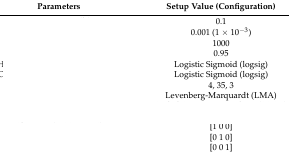
<table><thead><tr><td><b>Parameters</b></td><td><b>Setup Value (Configuration)</b></td></tr></thead><tbody><tr><td>[EMPTY_CELL]</td><td>0.1</td></tr><tr><td>[EMPTY_CELL]</td><td>0.001 (1 × 10<sup>−3</sup>)</td></tr><tr><td>[EMPTY_CELL]</td><td>1000</td></tr><tr><td>[EMPTY_CELL]</td><td>0.95</td></tr><tr><td>[EMPTY_CELL]</td><td>Logistic Sigmoid (logsig)</td></tr><tr><td>[EMPTY_CELL]</td><td>Logistic Sigmoid (logsig)</td></tr><tr><td>[EMPTY_CELL]</td><td>4, 35, 3</td></tr><tr><td rowspan="3">[EMPTY_CELL]</td><td>Levenberg-Marquardt (LMA)</td></tr><tr><td>[EMPTY_CELL]</td></tr><tr><td>[EMPTY_CELL]</td></tr><tr><td>[EMPTY_CELL]</td><td>[1 0 0]</td></tr><tr><td>[EMPTY_CELL]</td><td>[0 1 0]</td></tr><tr><td>[EMPTY_CELL]</td><td>[0 0 1]</td></tr></tbody></table>